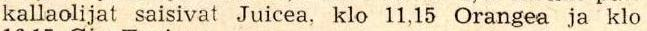
kallaolijat saisivat Juicea, klo 11,15 Orangea ja klo